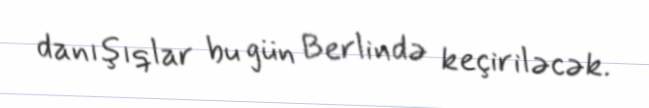
danışıqlar bu gün Berlində keçiriləcək.